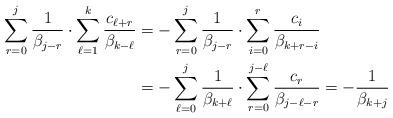
LaTeX: \begin{align*}\sum_{r=0}^j\frac{1}{\beta_{j-r}}\cdot \sum_{\ell=1}^k\frac{c_{\ell+r}}{\beta_{k-\ell}}&=-\sum_{r=0}^j\frac{1}{\beta_{j-r}}\cdot \sum_{i=0}^r\frac{c_i}{\beta_{k+r-i}}\\&=-\sum_{\ell=0}^j\frac{1}{\beta_{k+\ell}}\cdot\sum_{r=0}^{j-\ell}\frac{c_r}{\beta_{j-\ell-r}}=-\frac{1}{\beta_{k+j}}\end{align*}